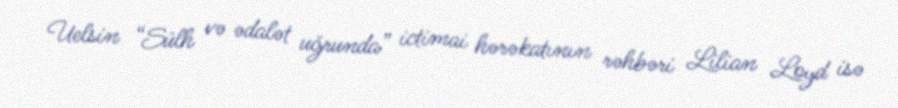
Uelsin “Sülh və ədalət uğrunda” ictimai hərəkatının rəhbəri Lilian Loyd isə